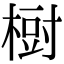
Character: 𣗳